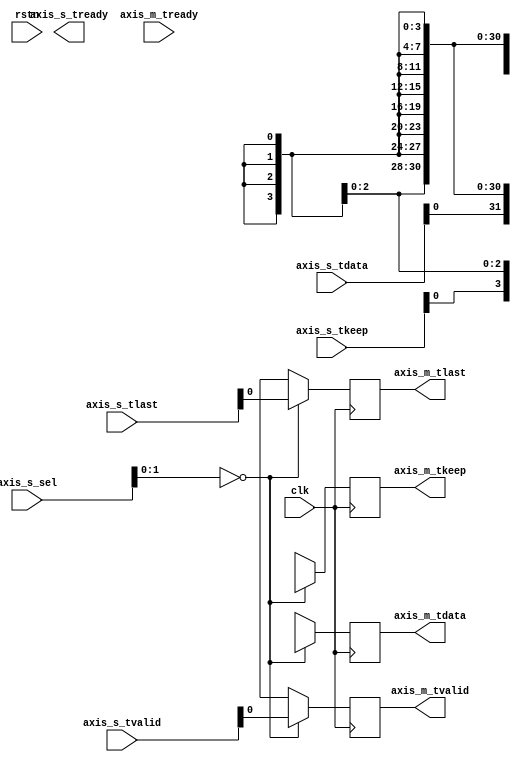
//
//

module aurora_axi_rx_mux #(
    parameter ETHCOUNT = 0,
    parameter SIM = 0
) (
    input [2:0]  axis_s_sel,

    output [ETHCOUNT-1:0]      axis_s_tready,
    input  [(ETHCOUNT*32)-1:0] axis_s_tdata ,
    input  [(ETHCOUNT*4-1):0]  axis_s_tkeep ,
    input  [ETHCOUNT-1:0]      axis_s_tvalid,
    input  [ETHCOUNT-1:0]      axis_s_tlast ,

    input             axis_m_tready,
    output reg [31:0] axis_m_tdata  = 32'd0,
    output reg [3:0]  axis_m_tkeep  = 4'd0,
    output reg        axis_m_tvalid = 1'b0,
    output reg        axis_m_tlast  = 1'b0,

    input rstn,
    input clk
);

always @(posedge clk) begin
    case (axis_s_sel[1:0])
        2'd0 : begin
            axis_m_tdata  <= axis_s_tdata[(0*32) +: 32];
            axis_m_tkeep  <= axis_s_tkeep[(0*4) +: 4];
            axis_m_tvalid <= axis_s_tvalid[0];
            axis_m_tlast  <= axis_s_tlast [0];
        end
        2'd1 : begin
            axis_m_tdata  <= axis_s_tdata[(1*32) +: 32];
            axis_m_tkeep  <= axis_s_tkeep[(1*4) +: 4];
            axis_m_tvalid <= axis_s_tvalid[1];
            axis_m_tlast  <= axis_s_tlast [1];
        end
        2'd2 : begin
            axis_m_tdata  <= axis_s_tdata[(2*32) +: 32];
            axis_m_tkeep  <= axis_s_tkeep[(2*4) +: 4];
            axis_m_tvalid <= axis_s_tvalid[2];
            axis_m_tlast  <= axis_s_tlast [2];
        end
        2'd3 : begin
            axis_m_tdata  <= axis_s_tdata[(3*32) +: 32];
            axis_m_tkeep  <= axis_s_tkeep[(3*4) +: 4];
            axis_m_tvalid <= axis_s_tvalid[3];
            axis_m_tlast  <= axis_s_tlast [3];
        end
    endcase
end


endmodule